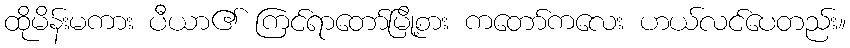
ထိုမိန်းမကား ပီယာ၏ ကြင်ရာတော်မြို့စား ကတော်ကလေး ဟယ်လင်ပေတည်း။